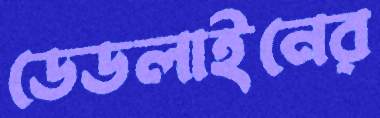
ডেডলাইনের